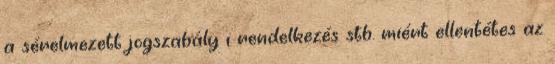
a sérelmezett jogszabály i rendelkezés stb. miért ellentétes az